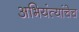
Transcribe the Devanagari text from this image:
अभियंत्यांचेच